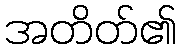
အတိတ်၏